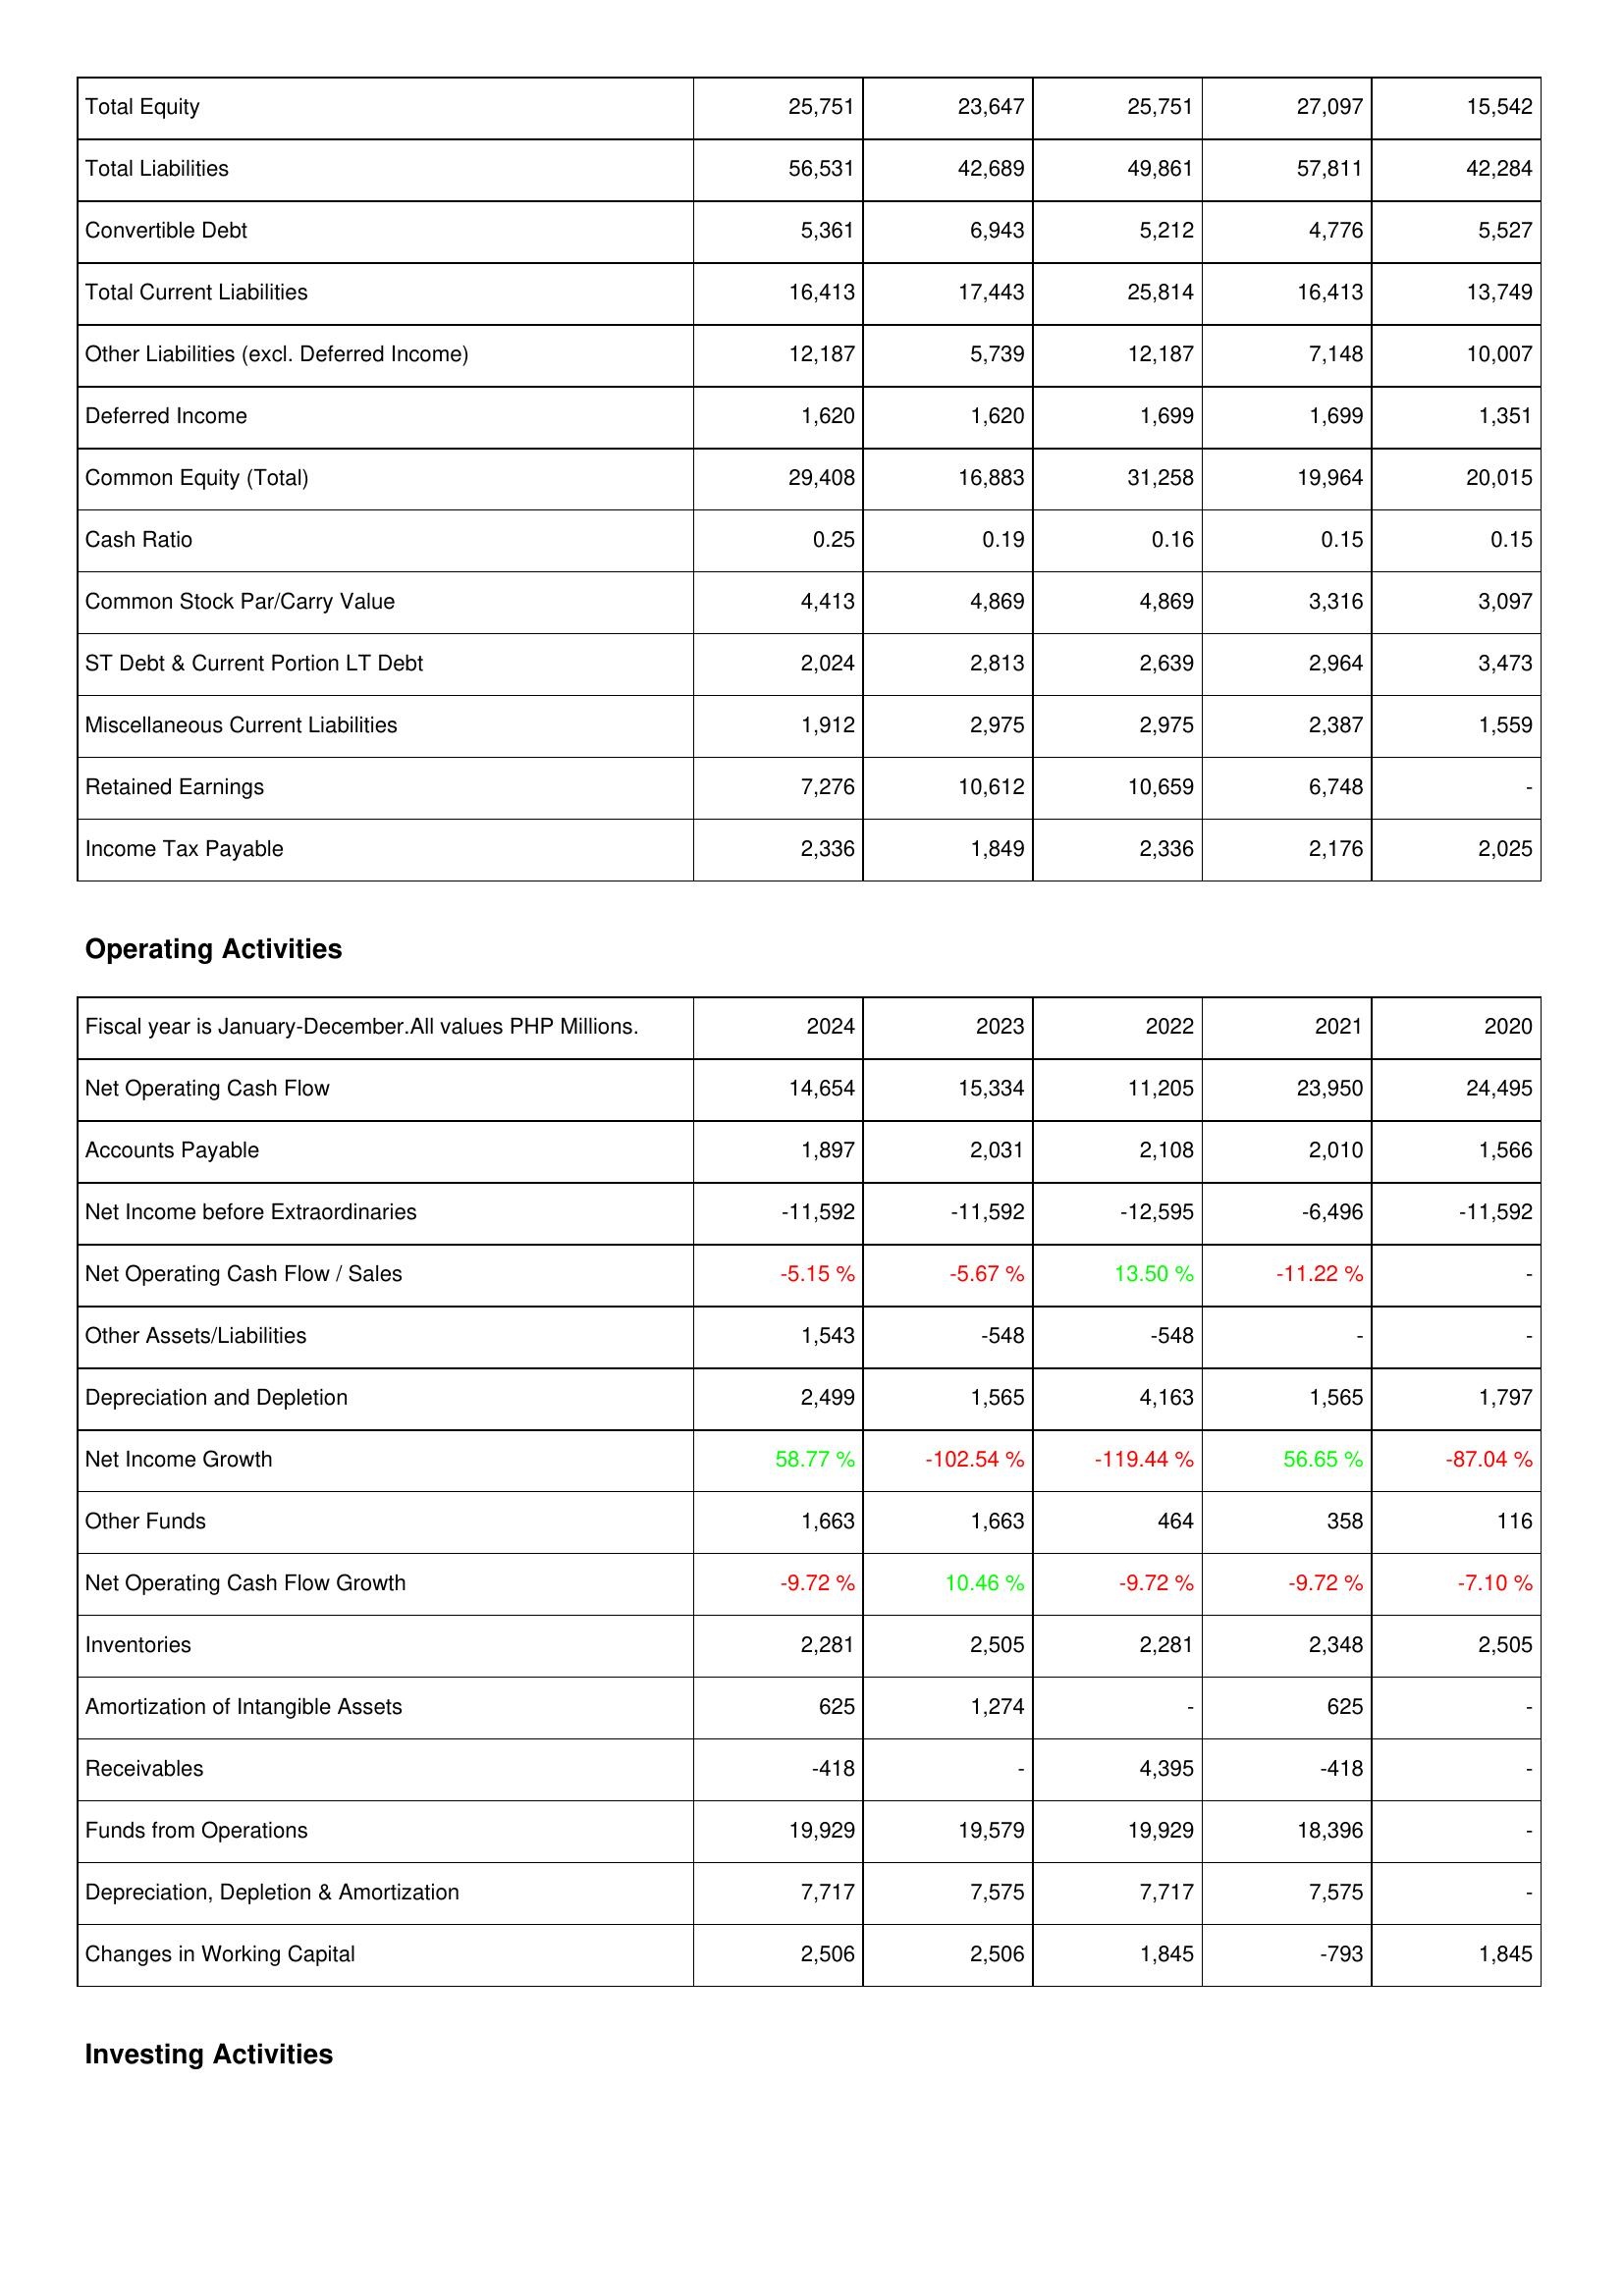
2024: Liabilities & Shareholders' Equity: Total Equity: 25,751
Total Liabilities: 56,531
Convertible Debt: 5,361
Total Current Liabilities: 16,413
Other Liabilities (excl. Deferred Income): 12,187
Deferred Income: 1,620
Common Equity (Total): 29,408
Cash Ratio: 0.25
Common Stock Par/Carry Value: 4,413
ST Debt & Current Portion LT Debt: 2,024
Miscellaneous Current Liabilities: 1,912
Retained Earnings: 7,276
Income Tax Payable: 2,336
Operating Activities: Net Operating Cash Flow: 14,654
Accounts Payable: 1,897
Net Income before Extraordinaries: -11,592
Net Operating Cash Flow / Sales: -5.15 %
Other Assets/Liabilities: 1,543
Depreciation and Depletion: 2,499
Net Income Growth: 58.77 %
Other Funds: 1,663
Net Operating Cash Flow Growth: -9.72 %
Inventories: 2,281
Amortization of Intangible Assets: 625
Receivables: -418
Funds from Operations: 19,929
Depreciation, Depletion & Amortization: 7,717
Changes in Working Capital: 2,506
2023: Liabilities & Shareholders' Equity: Total Equity: 23,647
Total Liabilities: 42,689
Convertible Debt: 6,943
Total Current Liabilities: 17,443
Other Liabilities (excl. Deferred Income): 5,739
Deferred Income: 1,620
Common Equity (Total): 16,883
Cash Ratio: 0.19
Common Stock Par/Carry Value: 4,869
ST Debt & Current Portion LT Debt: 2,813
Miscellaneous Current Liabilities: 2,975
Retained Earnings: 10,612
Income Tax Payable: 1,849
Operating Activities: Net Operating Cash Flow: 15,334
Accounts Payable: 2,031
Net Income before Extraordinaries: -11,592
Net Operating Cash Flow / Sales: -5.67 %
Other Assets/Liabilities: -548
Depreciation and Depletion: 1,565
Net Income Growth: -102.54 %
Other Funds: 1,663
Net Operating Cash Flow Growth: 10.46 %
Inventories: 2,505
Amortization of Intangible Assets: 1,274
Receivables: -
Funds from Operations: 19,579
Depreciation, Depletion & Amortization: 7,575
Changes in Working Capital: 2,506
2022: Liabilities & Shareholders' Equity: Total Equity: 25,751
Total Liabilities: 49,861
Convertible Debt: 5,212
Total Current Liabilities: 25,814
Other Liabilities (excl. Deferred Income): 12,187
Deferred Income: 1,699
Common Equity (Total): 31,258
Cash Ratio: 0.16
Common Stock Par/Carry Value: 4,869
ST Debt & Current Portion LT Debt: 2,639
Miscellaneous Current Liabilities: 2,975
Retained Earnings: 10,659
Income Tax Payable: 2,336
Operating Activities: Net Operating Cash Flow: 11,205
Accounts Payable: 2,108
Net Income before Extraordinaries: -12,595
Net Operating Cash Flow / Sales: 13.50 %
Other Assets/Liabilities: -548
Depreciation and Depletion: 4,163
Net Income Growth: -119.44 %
Other Funds: 464
Net Operating Cash Flow Growth: -9.72 %
Inventories: 2,281
Amortization of Intangible Assets: -
Receivables: 4,395
Funds from Operations: 19,929
Depreciation, Depletion & Amortization: 7,717
Changes in Working Capital: 1,845
2021: Liabilities & Shareholders' Equity: Total Equity: 27,097
Total Liabilities: 57,811
Convertible Debt: 4,776
Total Current Liabilities: 16,413
Other Liabilities (excl. Deferred Income): 7,148
Deferred Income: 1,699
Common Equity (Total): 19,964
Cash Ratio: 0.15
Common Stock Par/Carry Value: 3,316
ST Debt & Current Portion LT Debt: 2,964
Miscellaneous Current Liabilities: 2,387
Retained Earnings: 6,748
Income Tax Payable: 2,176
Operating Activities: Net Operating Cash Flow: 23,950
Accounts Payable: 2,010
Net Income before Extraordinaries: -6,496
Net Operating Cash Flow / Sales: -11.22 %
Other Assets/Liabilities: -
Depreciation and Depletion: 1,565
Net Income Growth: 56.65 %
Other Funds: 358
Net Operating Cash Flow Growth: -9.72 %
Inventories: 2,348
Amortization of Intangible Assets: 625
Receivables: -418
Funds from Operations: 18,396
Depreciation, Depletion & Amortization: 7,575
Changes in Working Capital: -793
2020: Liabilities & Shareholders' Equity: Total Equity: 15,542
Total Liabilities: 42,284
Convertible Debt: 5,527
Total Current Liabilities: 13,749
Other Liabilities (excl. Deferred Income): 10,007
Deferred Income: 1,351
Common Equity (Total): 20,015
Cash Ratio: 0.15
Common Stock Par/Carry Value: 3,097
ST Debt & Current Portion LT Debt: 3,473
Miscellaneous Current Liabilities: 1,559
Retained Earnings: -
Income Tax Payable: 2,025
Operating Activities: Net Operating Cash Flow: 24,495
Accounts Payable: 1,566
Net Income before Extraordinaries: -11,592
Net Operating Cash Flow / Sales: -
Other Assets/Liabilities: -
Depreciation and Depletion: 1,797
Net Income Growth: -87.04 %
Other Funds: 116
Net Operating Cash Flow Growth: -7.10 %
Inventories: 2,505
Amortization of Intangible Assets: -
Receivables: -
Funds from Operations: -
Depreciation, Depletion & Amortization: -
Changes in Working Capital: 1,845